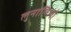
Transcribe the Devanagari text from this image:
लुनालिलो